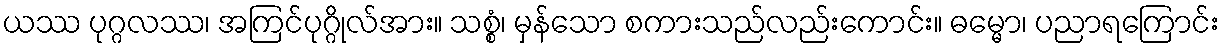
ယဿ ပုဂ္ဂလဿ၊ အကြင်ပုဂ္ဂိုလ်အား။ သစ္စံ၊ မှန်သော စကားသည်လည်းကောင်း။ ဓမ္မော၊ ပညာရကြောင်း